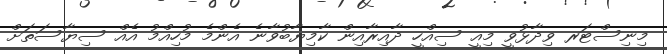
މިނިސްޓަރ ވިދާޅުވީ މިއީ ސިއްހީ ދާއިރާއިން ކާމިޔާބުވާނެ އެންމެ މުހިއްމު އެއް ސިޔާސަތަށް